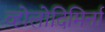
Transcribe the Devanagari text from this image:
व्होलोदिमिर्ना